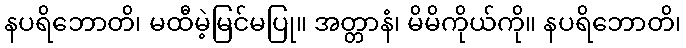
နပရိဘောတိ၊ မထီမဲ့မြင်မပြု။ အတ္တာနံ၊ မိမိကိုယ်ကို။ နပရိဘောတိ၊